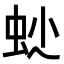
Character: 𧉍